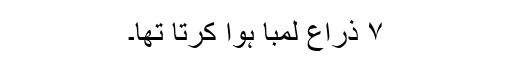
۷ ذراع لمبا ہوا کرتا تھا۔